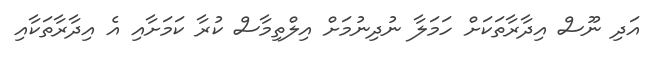
އަދި ނޫސް އިދާރާތަކަށް ހަމަލާ ނުދިނުމަށް އިލްތިމާސް ކުރާ ކަމަށާއި އެ އިދާރާތަކާއި